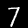
Label: 7